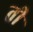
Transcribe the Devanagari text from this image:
ती